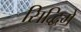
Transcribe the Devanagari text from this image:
सिद्धिमें